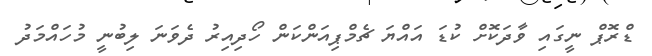
ޑްރޮޕް ނީގައި ވާދަކޮށް ކުޑަ އައްޔަ ޗެމްޕިއަންކަން ހޯދިއިރު ދެވަނަ ލިބުނީ މުހައްމަދު